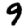
Digit: 9